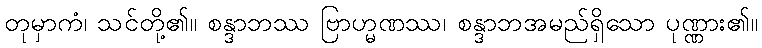
တုမှာကံ၊ သင်တို့၏။ စန္ဒာဘဿ ဗြာဟ္မဏဿ၊ စန္ဒာဘအမည်ရှိသော ပုဏ္ဏား၏။